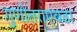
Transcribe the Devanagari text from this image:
गुणोत्तराएवढा